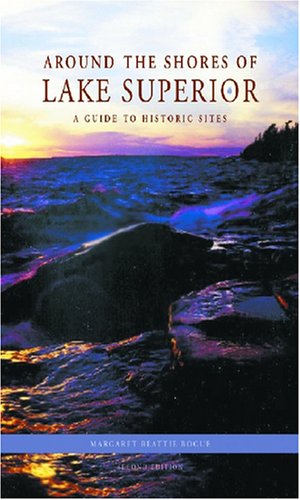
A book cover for Around the Shores of Lake Superior: A Guide to Historic Sites; Margaret Beattie Bogue; Travel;